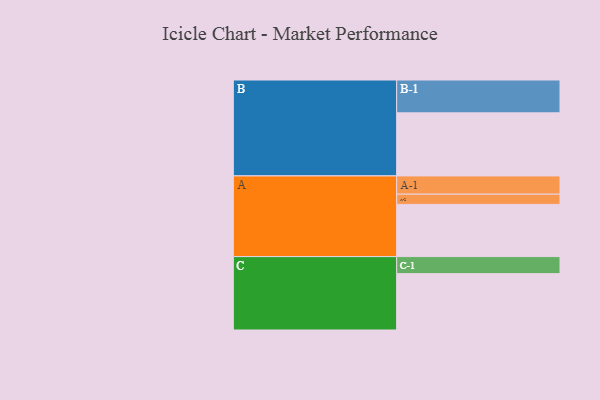
{"axis": {"x": "Segment", "y": "Value"}, "legend": ["", "A", "B", "C"], "data": [{"x": "A", "y": 466, "type": ""}, {"x": "B", "y": 563, "type": ""}, {"x": "C", "y": 503, "type": ""}, {"x": "A-1", "y": 163, "type": "A"}, {"x": "A-2", "y": 91, "type": "A"}, {"x": "B-1", "y": 293, "type": "B"}, {"x": "C-1", "y": 152, "type": "C"}]}